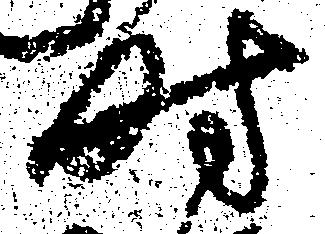
時